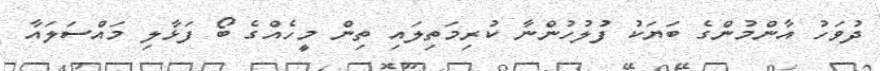
ދުވަހު އާންމުންގެ ބަޔަކު ފުލުހުންނާ ކުރިމަތިލައި ތިން މީހެއްގެ ބޯ ފަޅާލި މައްސަލައާ